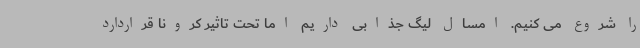
را شروع می کنیم. امسال لیگ جذابی داریم اما تحت تاثیر کرونا قراردارد